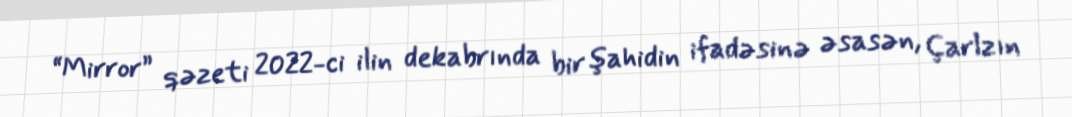
“Mirror” qəzeti 2022-ci ilin dekabrında bir şahidin ifadəsinə əsasən, Çarlzın